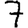
Digit: 7